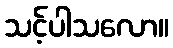
သင့်ပါသလော။